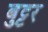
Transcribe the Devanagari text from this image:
बुट्टर